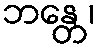
ဘန္တေ၊